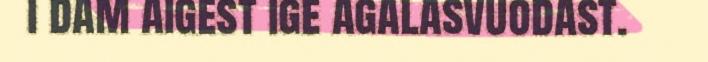
i dam aigest ige agalasvuodast.